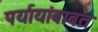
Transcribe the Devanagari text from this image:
पर्यायांबाबत